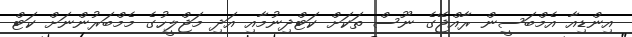
އިންޑިއާ އެމްބަސީން ރާއްޖޭގެ ނޫސް ތަކަށް ކަޓްދިނުމާއި އަދި މަޖްލީހުގެ މެމްބަރުންނަށް ކަޓް